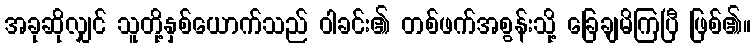
အခုဆိုလျှင် သူတို့နှစ်ယောက်သည် ဝါခင်း၏ တစ်ဖက်အစွန်းသို့ ခြေချမိကြပြီ ဖြစ်၏။